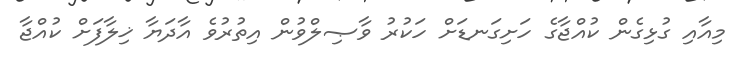
މިއާއި ގުޅިގެން ކުއްޖާގެ ހަށިގަނޑަށް ހަކުރު ވާޞިލްވުން އިތުރުވެ އާދަޔާ ޚިލާފަށް ކުއްޖާ